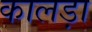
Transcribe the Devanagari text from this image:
कालड़ा